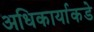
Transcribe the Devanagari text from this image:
अधिकार्याकडे